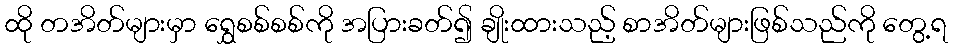
ထို တအိတ်များမှာ ရွှေစစ်စစ်ကို အပြားခတ်၍ ချိုးထားသည့် စာအိတ်များဖြစ်သည်ကို တွေ့ရ